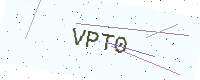
Text: VPT0